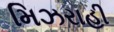
મિઝરાહી